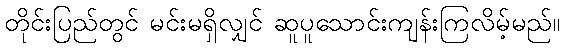
တိုင်းပြည်တွင် မင်းမရှိလျှင် ဆူပူသောင်းကျန်းကြလိမ့်မည်။